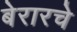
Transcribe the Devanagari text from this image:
बेरारचे